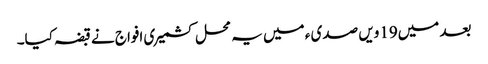
بعد میں19ویں صدی ء میں یہ محل کشمیری افواج نے قبضہ کیا۔